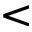
\textless